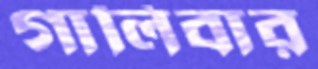
গালিবার